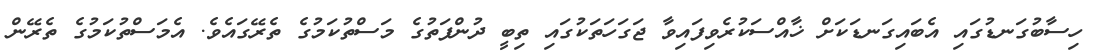
ހިސާބުގަނޑުގައި އެބައިގަނޑަކަށް ޚާއްސަކުރެވިފައިވާ ޖަގަހަތަކުގައި ތިބީ ދުންފަތުގެ މަސްތުކަމުގެ ތެރޭގައެވެ. އެމަސްތުކަމުގެ ތެރޭން